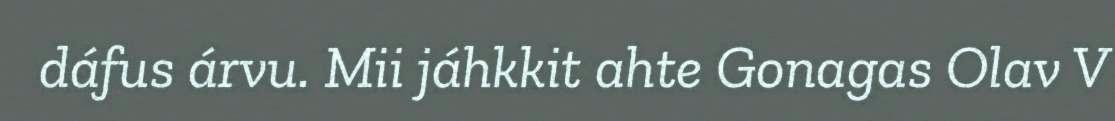
dáfus árvu. Mii jáhkkit ahte Gonagas Olav V